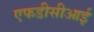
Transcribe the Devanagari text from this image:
एफडीसीआई